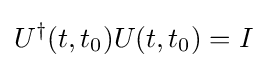
U^{\dagger }(t,t_{0})U(t,t_{0})=I